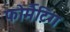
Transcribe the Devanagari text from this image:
फोर्मैटिंग